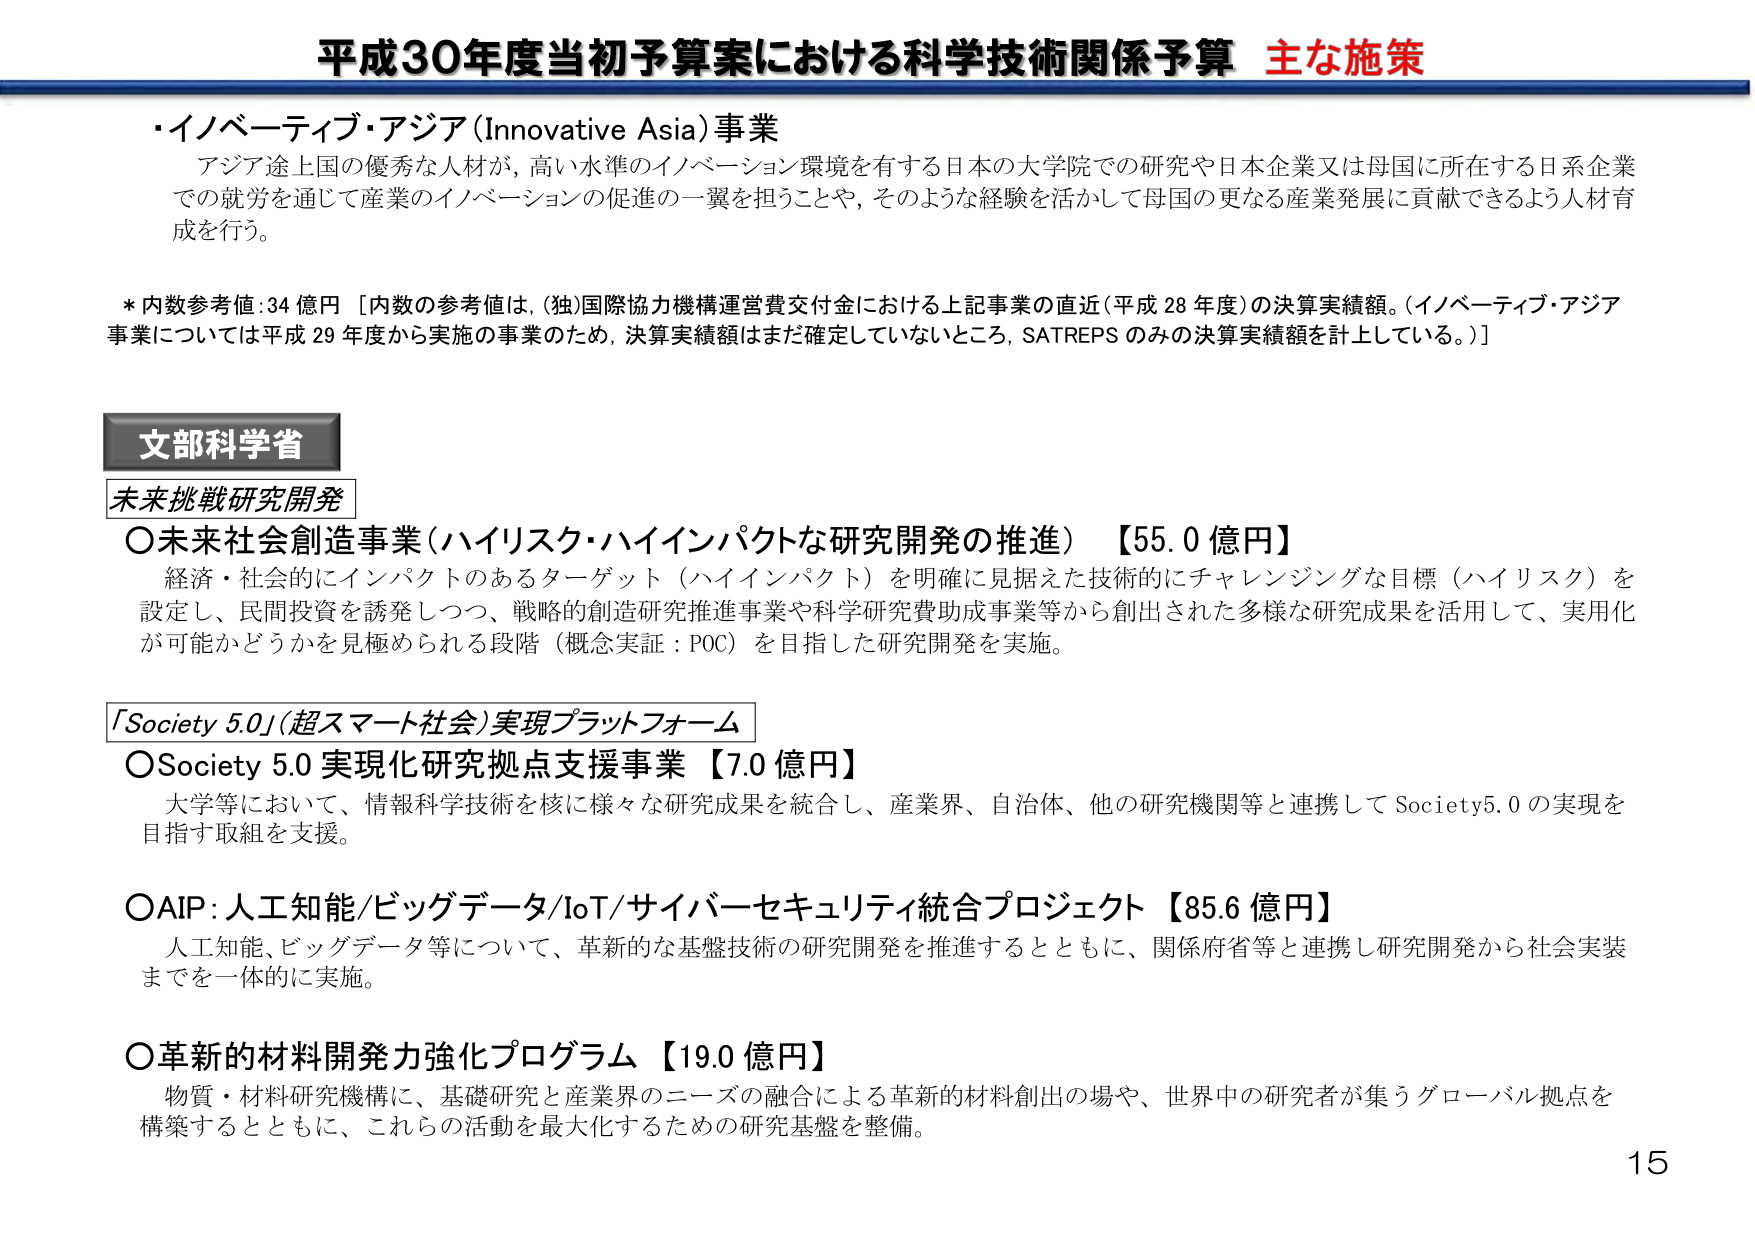
平成30年度当初予算案における科学技術関係予算 主な施策

・イノベーティブ・アジア (Innovative Asia) 事業
アジア途上国の優秀な人材が、高い水準のイノベーション環境を有する日本の大学院での研究や日本企業又は母国に所在する日系企業での就労を通じて産業のイノベーションの促進の一翼を担うことや、そのような経験を活かして母国の更なる産業発展に貢献できるよう人材育成を行う。

* 内数参考値：34 億円 [内数の参考値は、(独)国際協力機構運営費交付金における上記事業の直近（平成28年度）の決算実績額。（イノベーティブ・アジア事業については平成29年度から実施の事業のため、決算実績額はまだ確定していないところ、SATREPSのみの決算実績額を計上している。）]

文部科学省
未来挑戦研究開発

○未来社会創造事業（ハイリスク・ハイインパクトな研究開発の推進）【55.0 億円】
経済・社会的にインパクトのあるターゲット（ハイインパクト）を明確に見据えた技術的にチャレンジングな目標（ハイリスク）を設定し、民間投資を誘発しつつ、戦略的創造研究推進事業や科学研究費助成事業等から創出された多様な研究成果を活用して、実用化が可能かどうかを見極められる段階（概念実証：POC）を目指した研究開発を実施。

「Society 5.0（超スマート社会）実現プラットフォーム」

○Society 5.0 実現化研究拠点支援事業【7.0 億円】
大学等において、情報科学技術を核に様々な研究成果を統合し、産業界、自治体、他の研究機関等と連携して Society5.0 の実現を目指す取組を支援。

○AIP：人工知能/ビッグデータ/IoT/サイバーセキュリティ統合プロジェクト【85.6 億円】
人工知能、ビッグデータ等について、革新的な基盤技術の研究開発を推進するとともに、関係府省等と連携し研究開発から社会実装までを一体的に実施。

○革新的材料開発力強化プログラム【19.0 億円】
物質・材料研究機構に、基礎研究と産業界のニーズの融合による革新的材料創出の場や、世界中の研究者が集うグローバル拠点を構築するとともに、これらの活動を最大化するための研究基盤を整備。

15